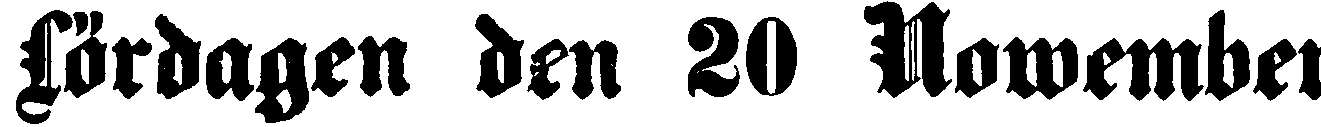
Lördagen den 20 Nowember